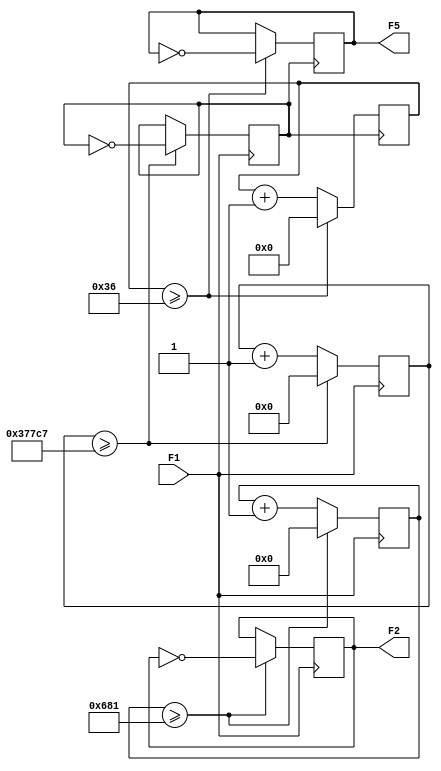
module top(F1, F2, F5);
	input F1;
	output reg F2=0;
	output reg F5=0;
	reg F4=0;
	reg F3=0;
	
	reg[11:0] cuenta1=0; //1666.66
	reg[11:0] cuenta2=0; //5000
	reg[23:0] cuenta3=0; //227272.727
	reg[7:0]  cuenta4=0; //55
	
	parameter[11:0] lim1=1666; //1666.66
	parameter[11:0] lim2=5000; //5000
	parameter[23:0] lim3=227272; //227272.727
	parameter[7:0]  lim4=55; //55
	
	
	always @(posedge F1)
		begin
			if(cuenta1 >= (lim1-1))
				begin
					cuenta1=0;
					F2=~F2;
				end
			else
				cuenta1=cuenta1+1;
	end
	
	always @(posedge F2)
		begin
			if(cuenta2 >= (lim2-1))
				begin
					cuenta2=0;
					F3=~F3;
				end
			else
				cuenta2=cuenta2+1;
	end
	
	
	always @(posedge F1)
		begin
			if(cuenta3 >= (lim3-1))
				begin
					cuenta3=0;
					F4=~F4;
				end
			else
				cuenta3=cuenta3+1;
	end
	
	always @(posedge F4)
		begin
			if(cuenta4 >= (lim4-1))
				begin
					cuenta4=0;
					F5=~F5;
				end
			else
				cuenta4=cuenta4+1;
	end
	
	
	
endmodule